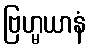
ဗြဟ္မယာနံ